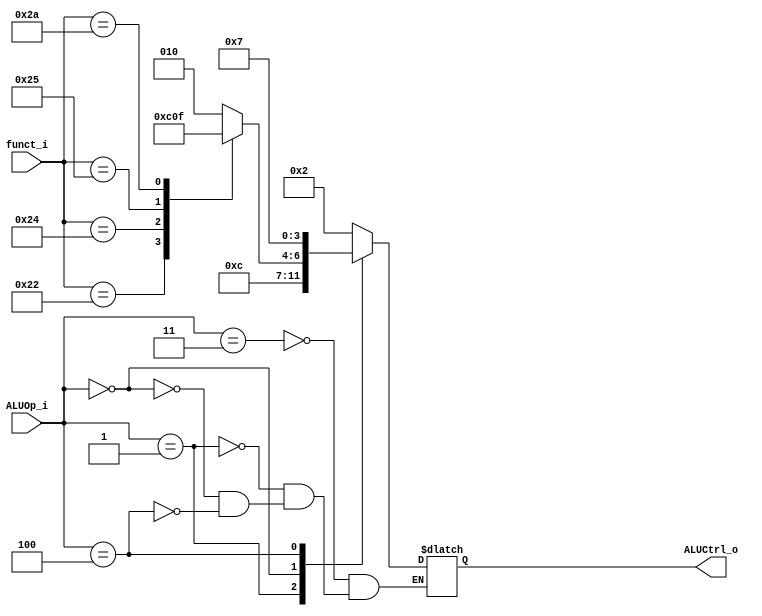
//Subject:     CO project 2 - ALU Controller
//--------------------------------------------------------------------------------
//Version:     1
//--------------------------------------------------------------------------------
//Writer:      Ling Yin-Tao
//----------------------------------------------
//Date:        5/2
//----------------------------------------------
//Description: 0516320
//--------------------------------------------------------------------------------

module ALU_Ctrl(
          funct_i,
          ALUOp_i,
          ALUCtrl_o
          );
          
//I/O ports 
input      [6-1:0] funct_i;
input      [3-1:0] ALUOp_i;

output     [4-1:0] ALUCtrl_o;    
     
//Internal Signals
reg        [4-1:0] ALUCtrl_o;

//Parameter

       
//Select exact operation

always @(funct_i,ALUOp_i)begin
	case(ALUOp_i)
	3'b011:ALUCtrl_o<=2;           // ADDi,lw,sw >> run ADD
	3'b001:ALUCtrl_o<=6;           // BEQ        >> run SUB
	3'b000:case(funct_i)
			32:ALUCtrl_o<=2;       // R-type ADD
			34:ALUCtrl_o<=6;       // R-type SUB
			36:ALUCtrl_o<=0;       // R-type AND
			37:ALUCtrl_o<=1;       // R-type OR
			42:ALUCtrl_o<=7;       // R-type SLT
			default:ALUCtrl_o<=18;
		endcase
	3'b100:ALUCtrl_o<=7;           // I-type SLTi
	endcase
end

endmodule